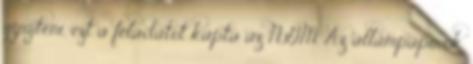
gyűjteni, ezt a feladatot kapta az NGM. Az állampapírok